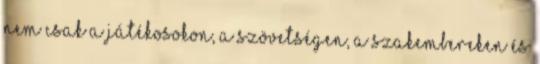
nem csak a játékosokon, a szövetségen, a szakembereken és